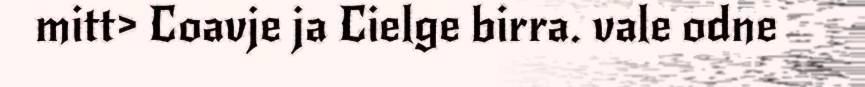
mitt> Coavje ja Cielge birra. vale odne